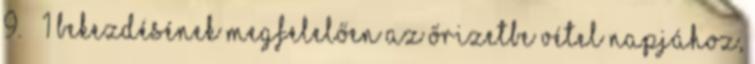
9. § 1 bekezdésének megfelelően az őrizetbe vétel napjához,